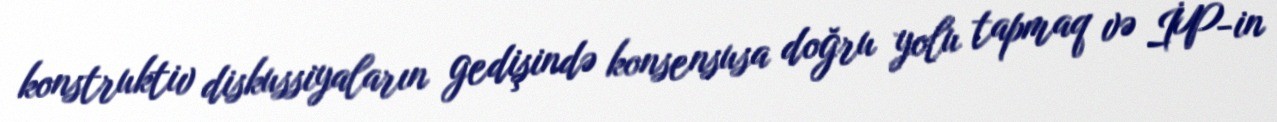
konstruktiv diskussiyaların gedişində konsensusa doğru yolu tapmaq və İP-in